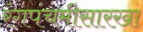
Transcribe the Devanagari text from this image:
रंगपंचमीसारखा